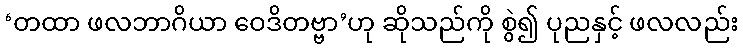
‘တထာ ဖလဘာဂိယာ ဝေဒိတဗ္ဗာ’ဟု ဆိုသည်ကို စွဲ၍ ပုညနှင့် ဖလလည်း